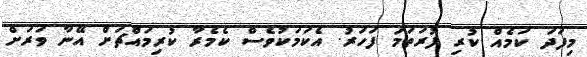
މިފަދަ ކަމެއް ކުރި ފުރަތަމަ ފަހަރު. އެކަމަކުވެސް ކެމެރާ ކުރިމައްޗަށް އޭނާ ވަރަށް